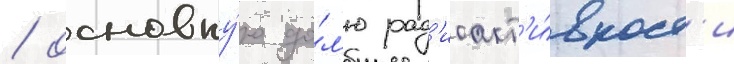
/ основну́ю до́л'ю рад'иоакт'и́вност'и